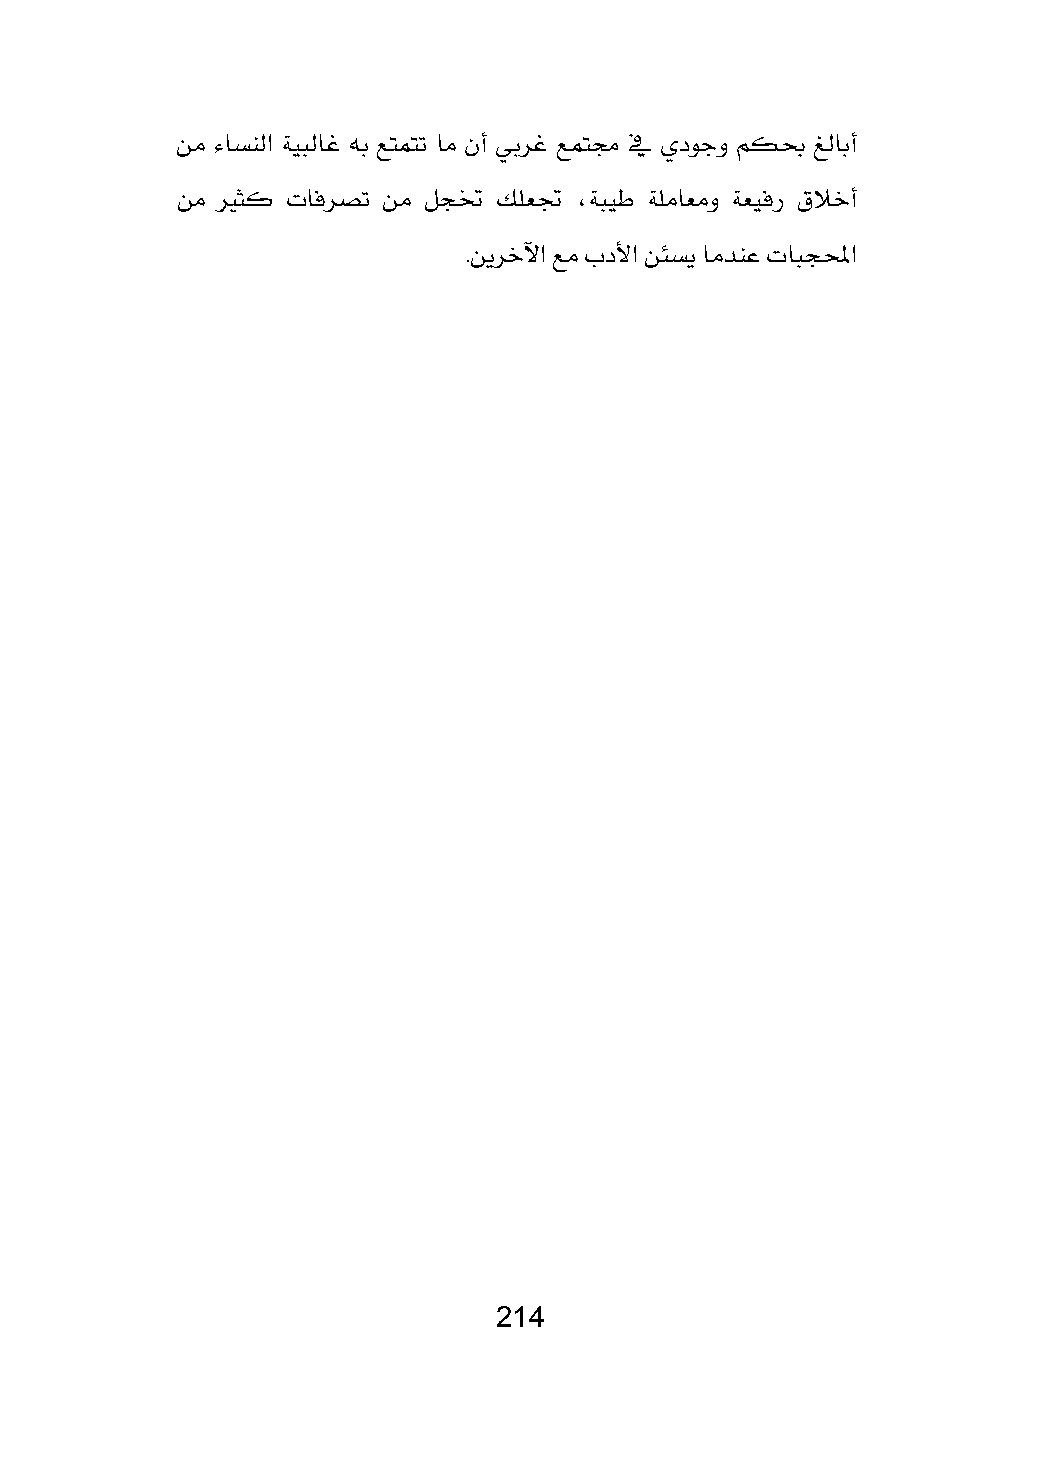
َٔ ٤اػٓيا ١ٝبياغ ٘ب عتُتت اَ ٕأ ٞبطغ عُتف ٗ ٟزٛدٚ ِهع ؼيابأ
 َٔ لرجن تاؾطكت َٔ ٌذؽ وًعػ ،١بٝط ١ًَاعَٚ ١عٝؾض م٬خأ
 .ٜٔطخٯا عَ بز٭ا ٔ٦ػٜ اَسٓع تابذلمحا
 204